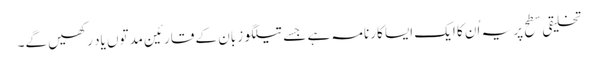
تخلیقی سطح پر یہ اُن کا ایک ایسا کارنامہ ہے جسے تیلگو زبان کے قارئین مدتوں یاد رکھیں گے۔